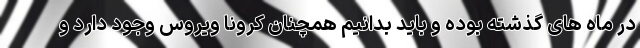
در ماه های گذشته بوده و باید بدانیم همچنان کرونا ویروس وجود دارد و